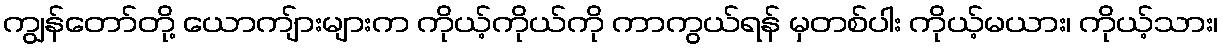
ကျွန်တော်တို့ ယောကျ်ားများက ကိုယ့်ကိုယ်ကို ကာကွယ်ရန် မှတစ်ပါး ကိုယ့်မယား၊ ကိုယ့်သား၊